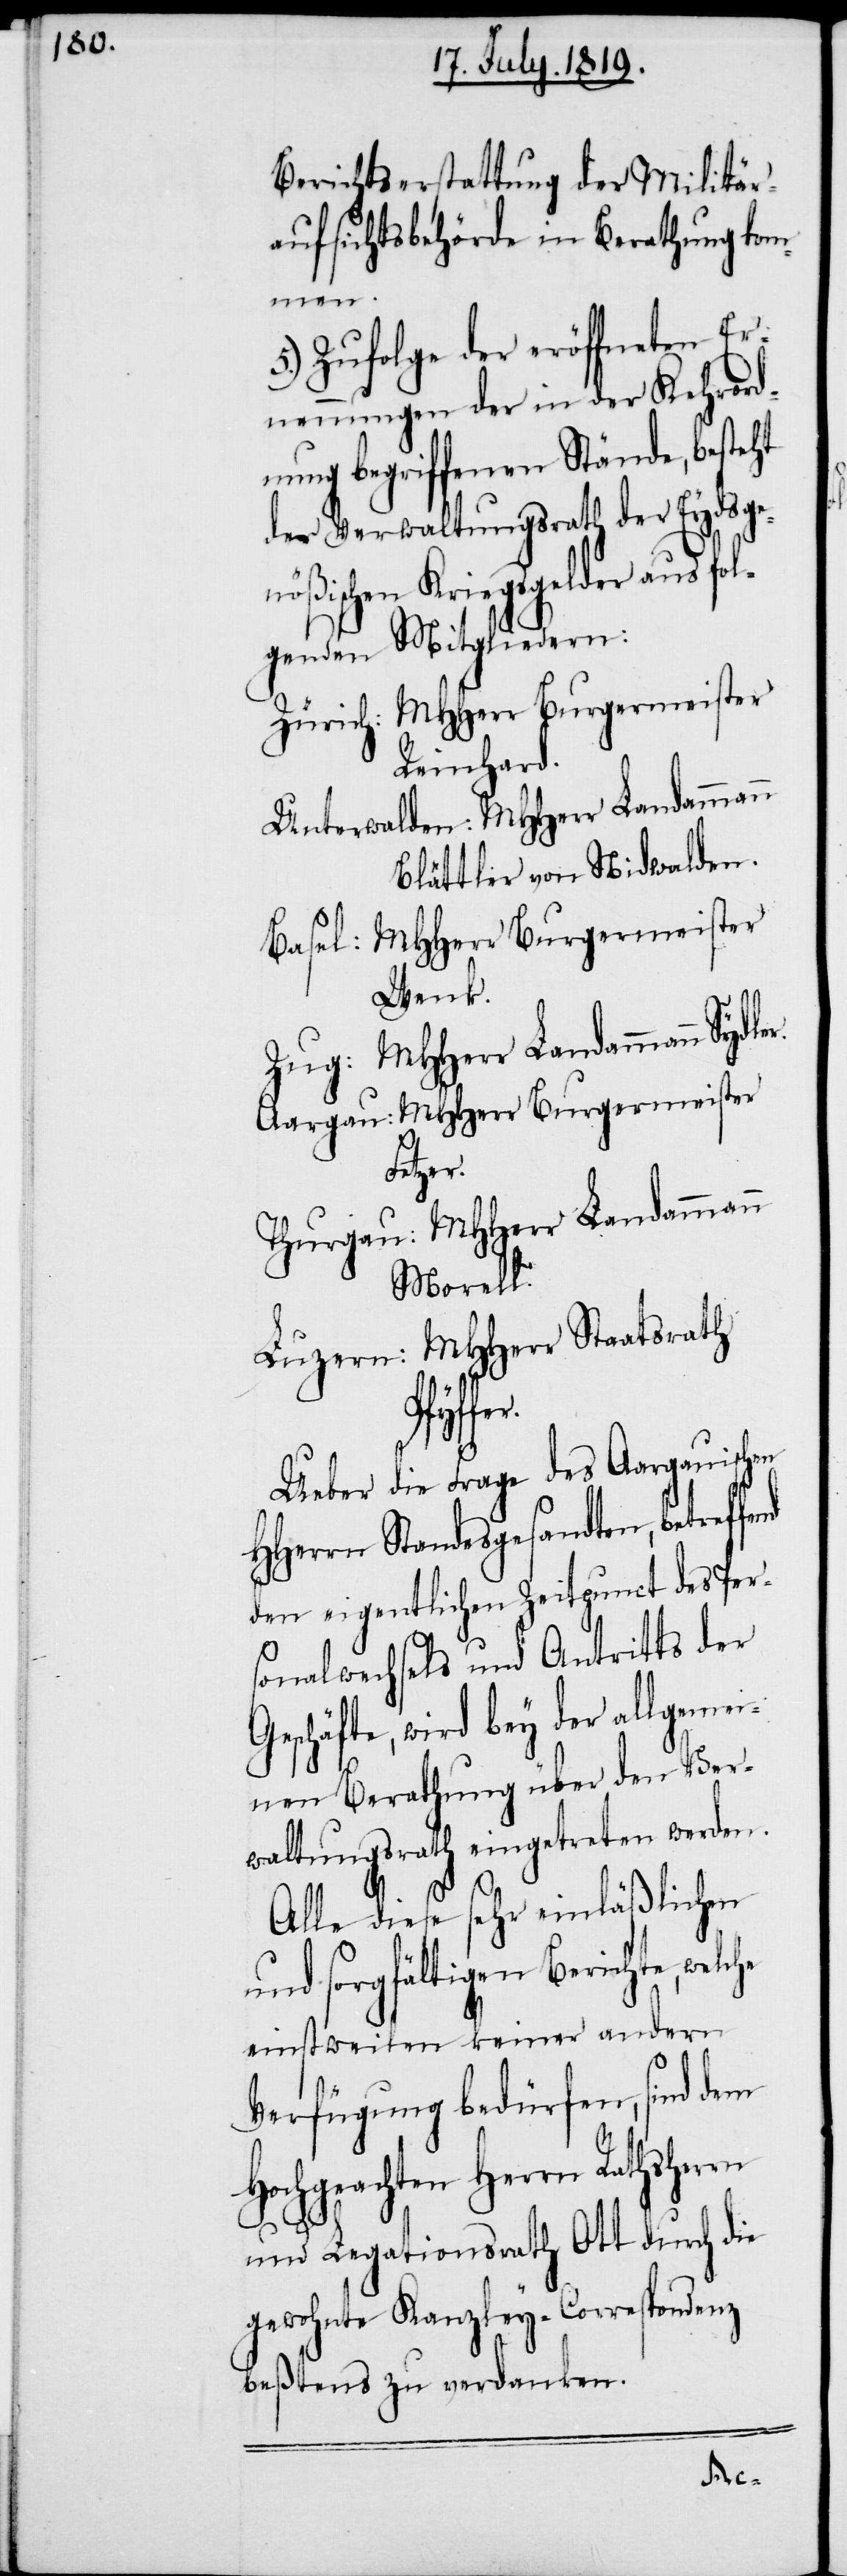
Berichtserstattung der Militär¬
aufsichtsbehörde in Berathung kom¬
men.
5.) Zufolge der eröffneten Er¬
nennungen der in der Kehrord¬
nung begriffenen Stände, besteht
der Verwaltungsrath der Eydsge¬
nößischen Kriegsgelder aus fol¬
genden Mitgliedern:
Zürich: MHHerr Burgermeister
Reinhard.
Unterwalden: MHHerr Landammann
Blättler von Nidwalden.
Basel: MHHerr Burgermeister
Wenk.
Zug: MHHerr Landammann Sydle¬
Aargau: MHHerr Burgermeister
Letzer.
Thurgau: MHHerr Landammann
Morall.
Luzern: MHHerr Staatsrath
fend
Ueber die Frage des Aargauischen
HHerrn Standesgesandten, betref¬
den eigentlichen Zeitpunct des Pers¬
onalwechsels und Antritts der
Geschäfte, wird bey der allgemei¬
nen Berathung über den Ver¬
waltungsrath eingetreten werden.
Alle diese sehr einläßlichen
und sorgfältigen Berichte, welche
einstweilen keiner andern
Verfügung bedürfen, sind dem
Hochgeachten Herrn Rathsherrn
r.
und Legationsrath Ott durch die
gewohnte Kanzley-Correspondenz
beßtens zu verdanken.